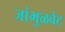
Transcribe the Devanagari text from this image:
जांभुळवेट